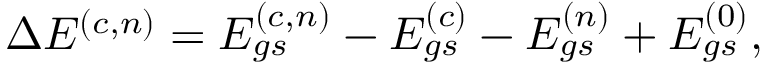
\Delta E ^ { ( c , n ) } = E _ { g s } ^ { ( c , n ) } - E _ { g s } ^ { ( c ) } - E _ { g s } ^ { ( n ) } + E _ { g s } ^ { ( 0 ) } ,